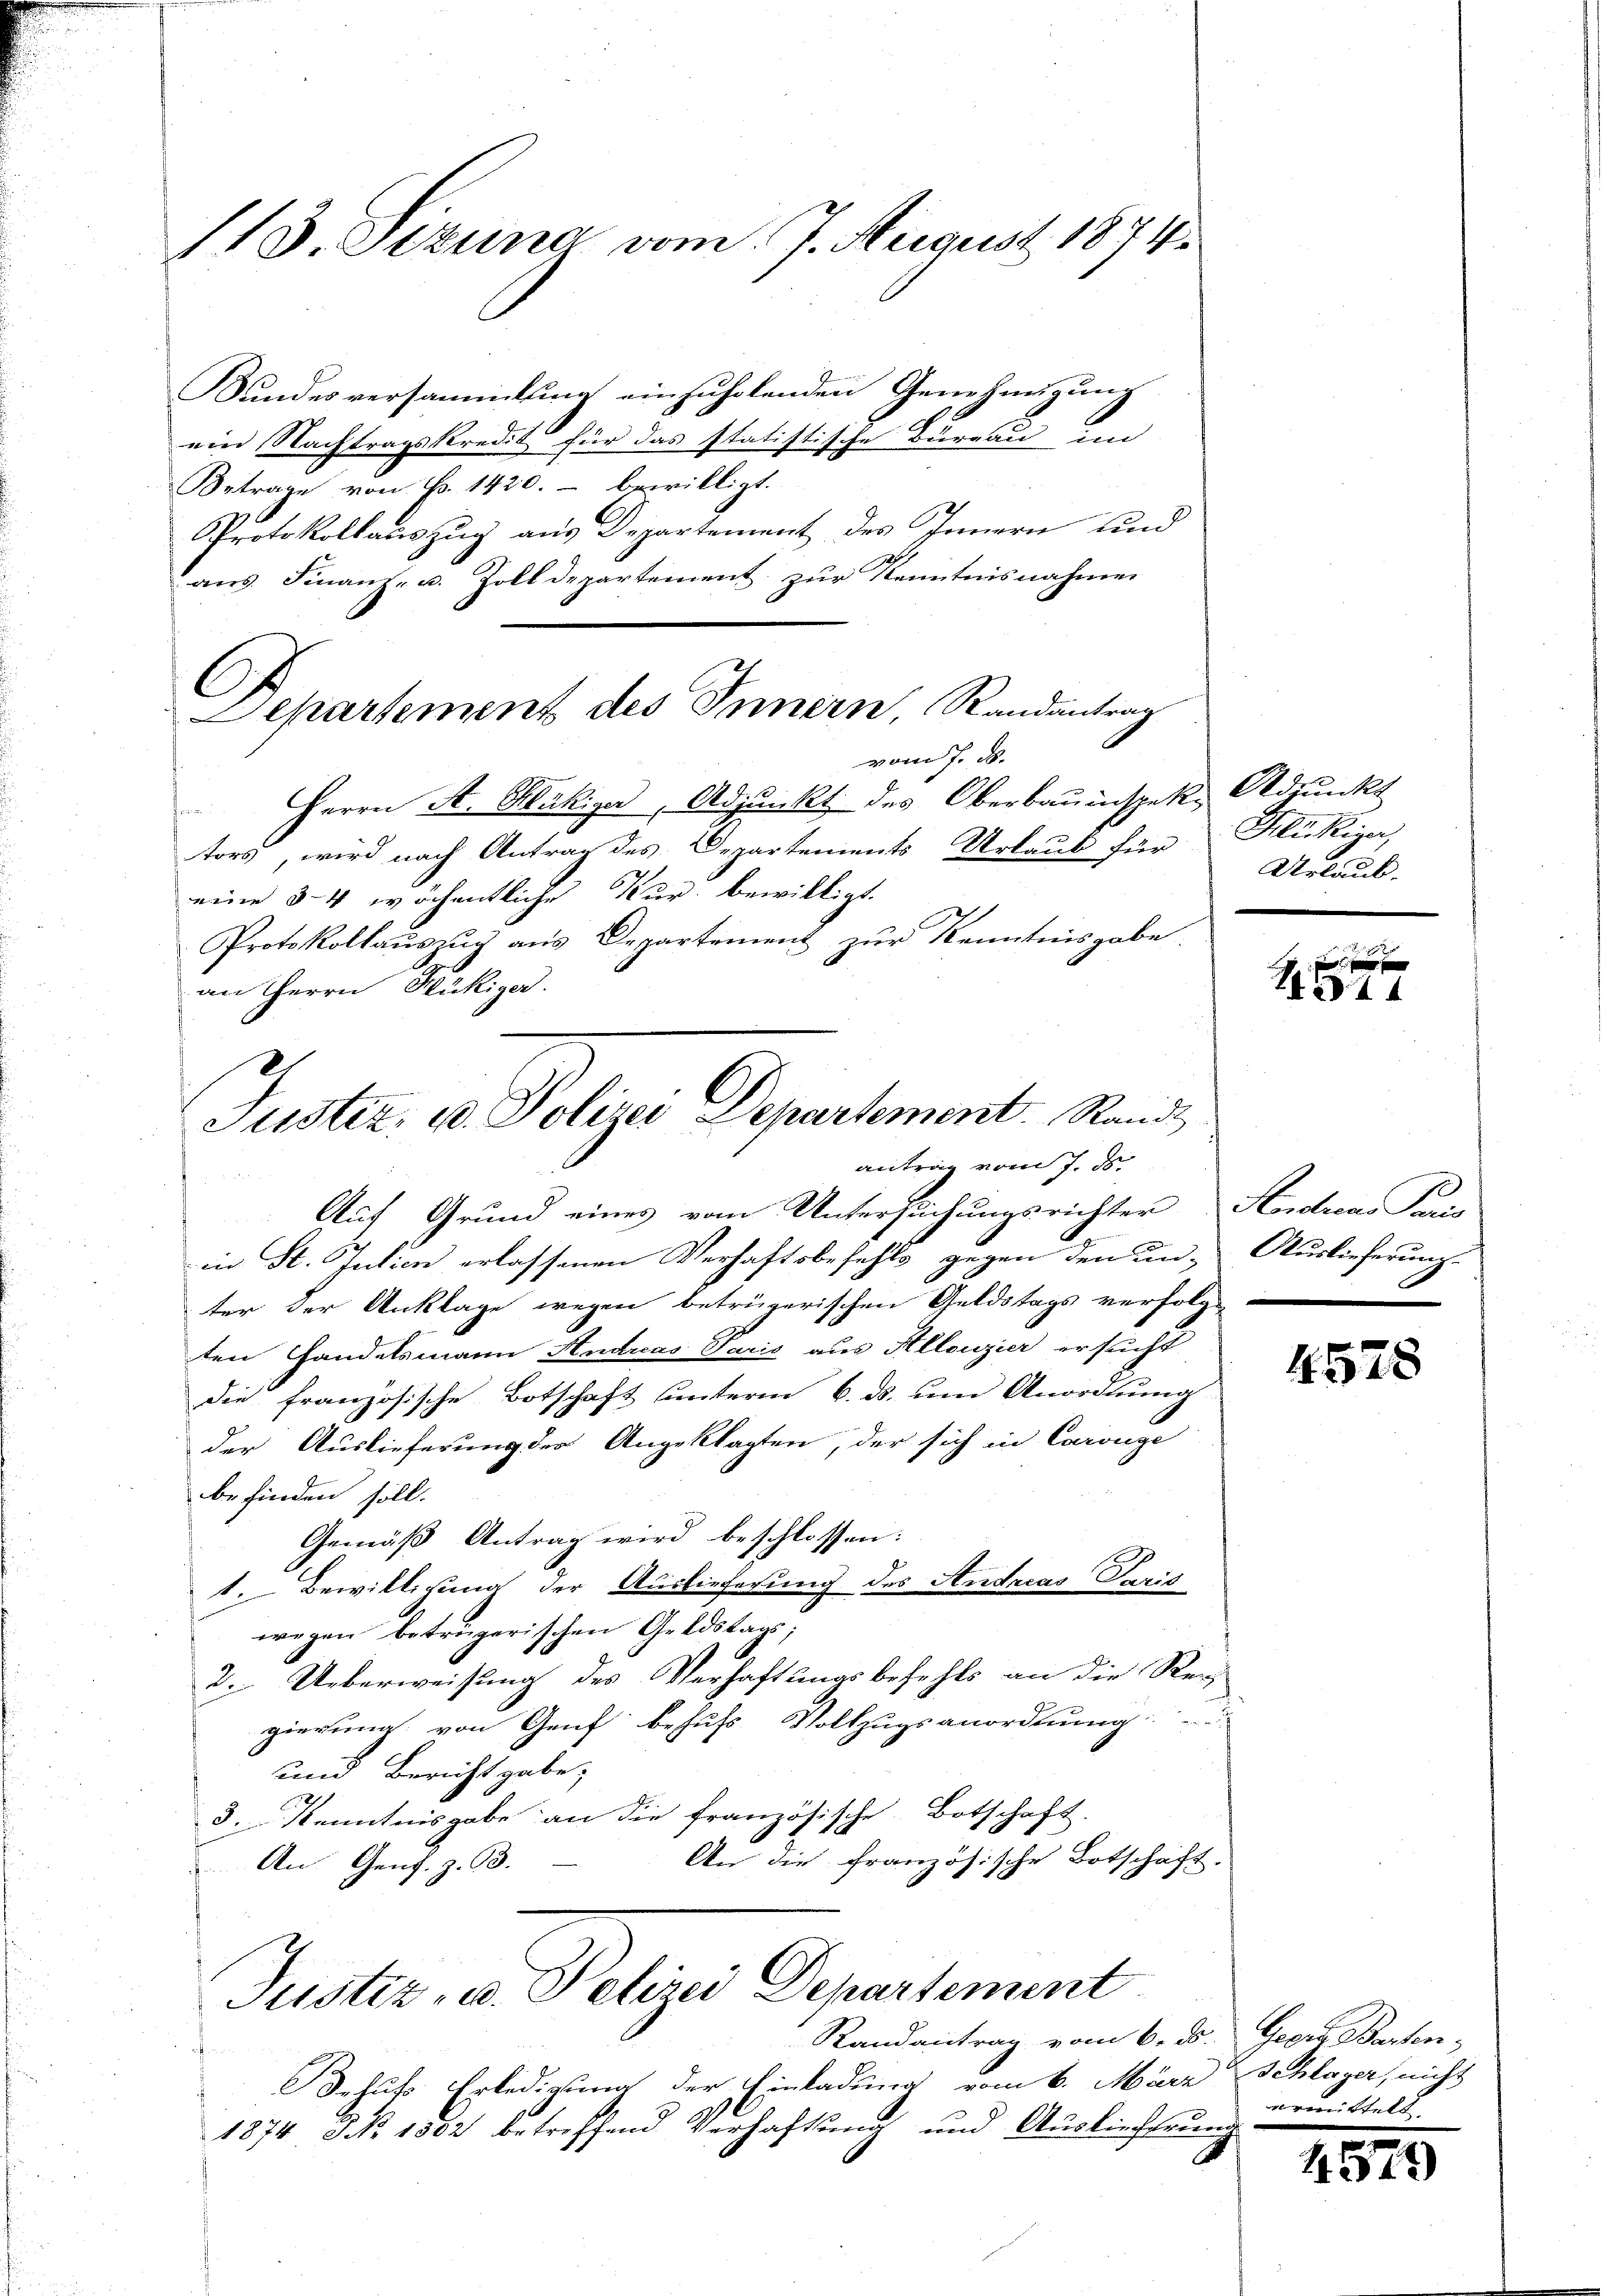
113. Stzung vom 7. August 1874.

Sŭndesversammlung einzŭholenden Genehmigŭng
ein Nachtragskredit für das statistische Bureau im
Betrage von P. 1420. bewilligt.
Protokollauszug aus Departement des Innern und
aus. Finanz- u. Zolldepartement zur Kenntnisnahmen
vom 7. ds.
Herrn St. Mikiger, Adjunkt des Oberbauinspek. Adjunkt
tors, wird nach Antrag des Departements Urlaub für Klukiger,
eine 34 wöchentliche Kur bewilligt.
Protokollauszug aus Departement zur Kenntnisgabe.
an Herrn Flückiger.
Auf Grund eines vom Untersuchungsrichter Kondicar Paris
in St. Julien erlassenen Verhaftsbefehls gegen den un- Auslieferung
ter der Anklage wegen betrügerischen Geldstags verfolge
ten Handelsmann Andreas Paris aus Allouzier ersucht
die französische Botschaft unterm 6. ds. um Anordnung
der Auslieferung der Angeklagten, der sich in Carouge
befinden soll.
Gemäß Antrag wird beschlossen:
1. Bewilligung der Auslieferung des Andreas Paris
wegen betrügerischen Geldstags;
2. Ueberweisung des Verhaftungsbefehls an die Reggierung von Genf behufs Vollzugsanordnung
und Bericht gabe;
3. Kenntnisgabe an die französische Botschaft.
An die französische Botschaft.
An Genf. Z. 98.
Justiz- u. Pelizei Departement
Randantrag vom 6. ds. Georg Barten-
ehuts Erledigung der Einladung vom 6. März Schlager, nicht
1874 NNo. 1882 betreffend Verhaftung und Auslieferung

C
Separtement des Innern, Randantrag

2
Justiz, u. Polizei Departement. Rand
antrag vom 7. ds.

Urlaub.

i
11344

4578

armittelt.

1579